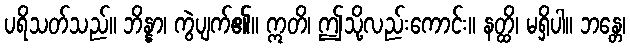
ပရိသတ်သည်။ ဘိန္နာ၊ ကွဲပျက်၏။ ဣတိ၊ ဤသို့လည်းကောင်း။ နတ္ထိ၊ မရှိပါ။ ဘန္တေ၊